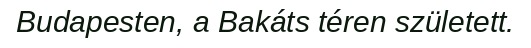
Budapesten, a Bakáts téren született.